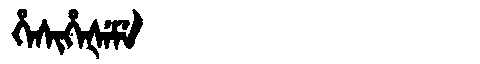
Manchu: ᡥᡝᠰᡳᡥᡝᡧᡝᠮᡝ
Romanization: HESIHEŠEME